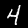
Label: 4